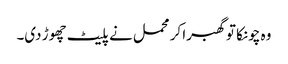
وہ چونکا تو گھبرا کر محمل نے پلیٹ چھوڑ دی۔